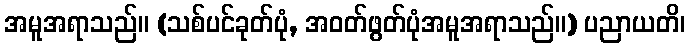
အမူအရာသည်။ (သစ်ပင်ခုတ်ပုံ, အဝတ်ဖွတ်ပုံအမူအရာသည်။) ပညာယတိ၊